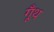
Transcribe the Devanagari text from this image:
गूॅंथ